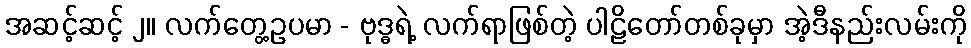
အဆင့်ဆင့် ၂။ လက်တွေ့ဥပမာ - ဗုဒ္ဓရဲ့ လက်ရာဖြစ်တဲ့ ပါဠိတော်တစ်ခုမှာ အဲ့ဒီနည်းလမ်းကို